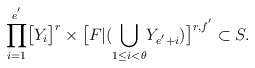
\begin{align*}\displaystyle{\prod_{i=1}^{e^{'}}}\big{[}Y_i\big{]}^{r}\times \big{[}F|(\displaystyle{\bigcup_{1\leq i<\theta}}Y_{e^{'}+i})\big{]}^{r,f^{'}}\subset S.\end{align*}